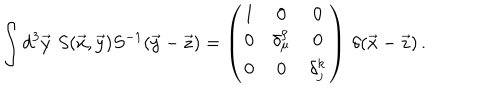
\int d ^ { 3 } \vec { y } \, \, S ( \vec { x } , \vec { y } ) S ^ { - 1 } ( \vec { y } - \vec { z } ) = \left( \begin{array} { c c c } { { 1 } } & { { 0 } } & { { 0 } } \\ { { 0 } } & { { \delta _ { \mu } ^ { \rho } } } & { { 0 } } \\ { { 0 } } & { { 0 } } & { { \delta _ { j } ^ { k } } } \\ \end{array} \right) \, \delta ( \vec { x } - \vec { z } ) \, .